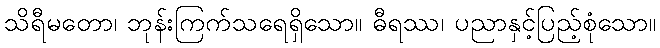
သိရီမတော၊ ဘုန်းကြက်သရေရှိသော။ ဓီရဿ၊ ပညာနှင့်ပြည့်စုံသော။